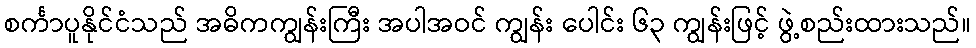
စင်္ကာပူနိုင်ငံသည် အဓိကကျွန်းကြီး အပါအဝင် ကျွန်း ပေါင်း ၆၃ ကျွန်းဖြင့် ဖွဲ့စည်းထားသည်။